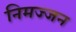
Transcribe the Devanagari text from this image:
निमज्‍जन